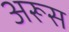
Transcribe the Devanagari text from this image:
अरूस